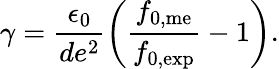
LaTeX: \gamma=\frac{\epsilon_{0}}{de^{2}}\left(\frac{f_{\mathrm{0,me}}}{f_{\mathrm{0,exp}}}-1\right).